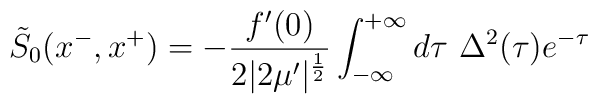
\tilde S_0 (x^-,x^+) = - {f'(0) \over 2|2\mu'|^{1\over2}}\int^{+\infty}_{-\infty} d\tau \ \Delta^2 (\tau) e^{-\tau}